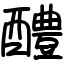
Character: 醴